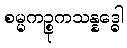
စမ္မကဉ္စုကသန္နဒ္ဓေါ